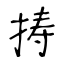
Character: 𢭏